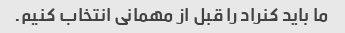
ما باید کنراد را قبل از مهمانی انتخاب کنیم.